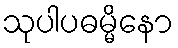
သုပါပဓမ္မိနော